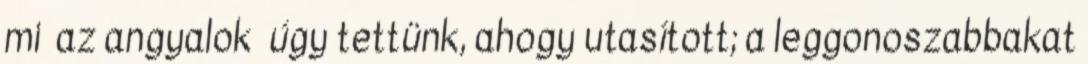
mi az angyalok úgy tettünk, ahogy utasított; a leggonoszabbakat